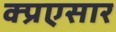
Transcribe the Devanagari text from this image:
क्प्रएसार